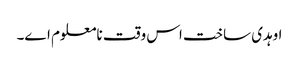
اوہدی ساخت اس وقت نامعلوم ا‏‏ے۔